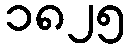
၁၈၂၅